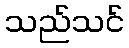
သည်သင်